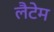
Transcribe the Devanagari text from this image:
लैटेम